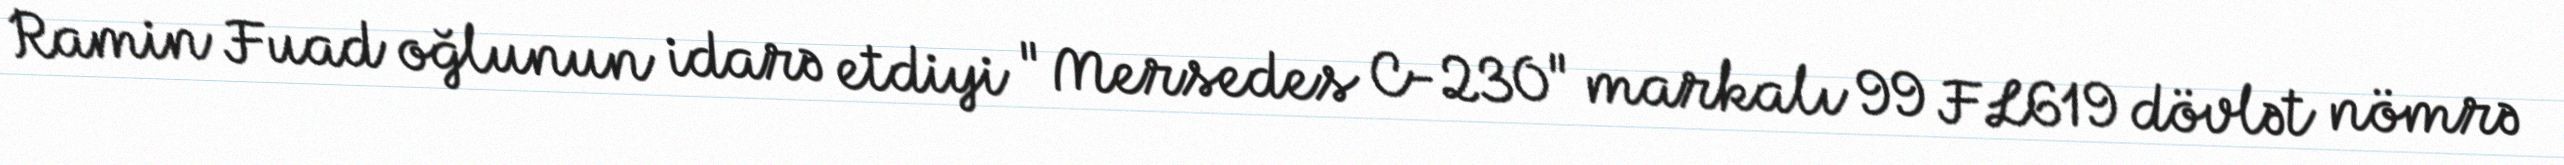
Ramin Fuad oğlunun idarə etdiyi "Mersedes C-230" markalı 99 FL619 dövlət nömrə